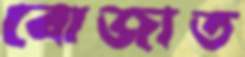
বোজাত